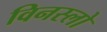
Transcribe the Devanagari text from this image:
विनस्‍लो